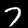
Digit: 7